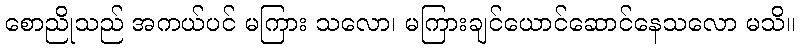
စောညိုသည် အကယ်ပင် မကြား သလော၊ မကြားချင်ယောင်ဆောင်နေသလော မသိ။